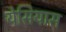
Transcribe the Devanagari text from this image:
येसियास